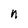
Character: n